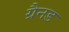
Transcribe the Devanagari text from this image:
ग्रैनड